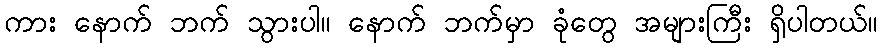
ကား နောက် ဘက် သွားပါ။ နောက် ဘက်မှာ ခုံတွေ အများကြီး ရှိပါတယ်။